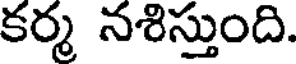
కర్మ నశిస్తుంది.